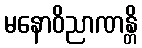
မနောဝိညာဏန္တိ